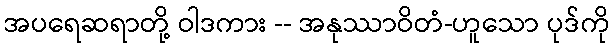
အပရေဆရာတို့ ဝါဒကား -- အနုဿာဝိတံ-ဟူသော ပုဒ်ကို